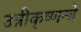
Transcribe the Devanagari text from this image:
उन्नीकृष्णन्चे